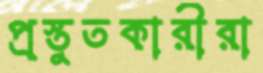
প্রস্তুতকারীরা